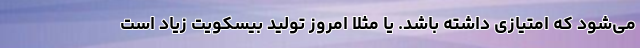
می‌شود که امتیازی داشته باشد. یا مثلا امروز تولید بیسکویت زیاد است